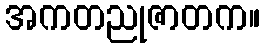
အကတညုဇာတက။